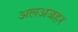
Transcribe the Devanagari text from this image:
अलअजहर